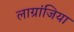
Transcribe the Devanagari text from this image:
लाग्रांजिया